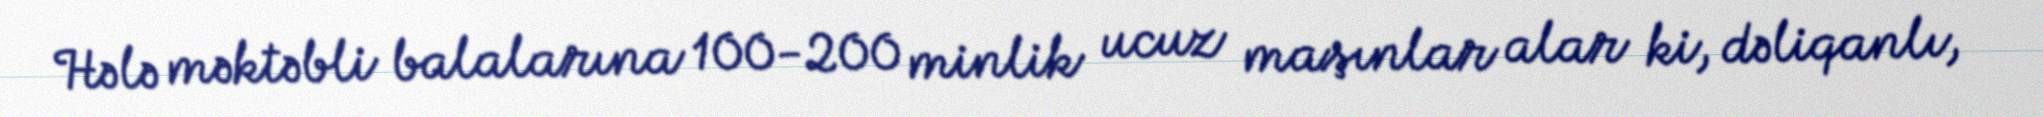
Hələ məktəbli balalarına 100-200 minlik ucuz maşınlar alar ki, dəliqanlı,